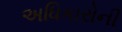
અધિકારોની